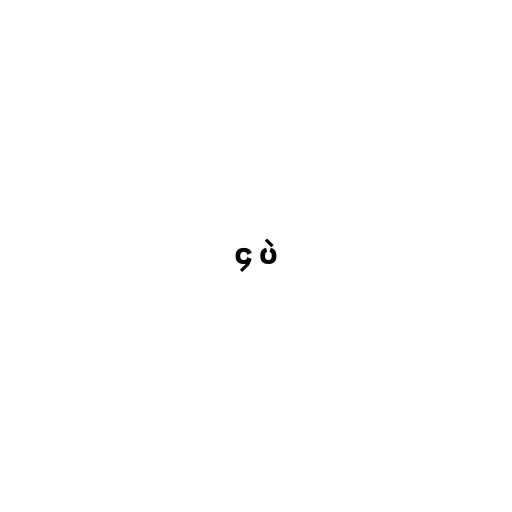
၄ ပဲ